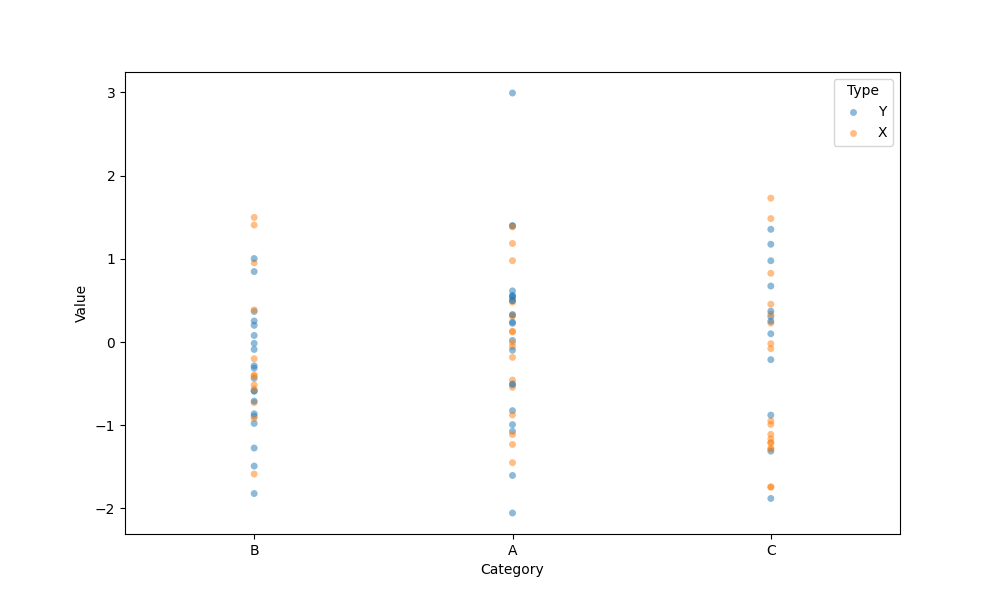
python, seaborn, stripplot, jitter=False, dodge=False, alpha=0.5, size=5